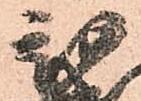
親